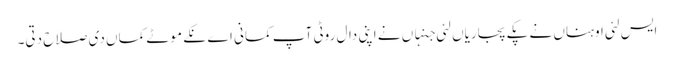
ایس لئی اوہناں نے پکے پجاریاں لئی جنہاں نے اپنی دال روٹی آپ کمانی اے نکے موٹے کماں دی صلاح دتی۔